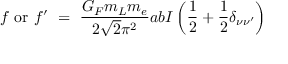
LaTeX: f \ \mathrm { o r } \ f ^ { \prime } \ = \ \frac { G _ { F } m _ { L } m _ { e } } { 2 \sqrt { 2 } \pi ^ { 2 } } a b I \left( \frac { 1 } { 2 } + \frac { 1 } { 2 } \delta _ { \nu \nu ^ { \prime } } \right)